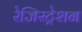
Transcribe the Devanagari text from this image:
रेजिस्ट्रेशन